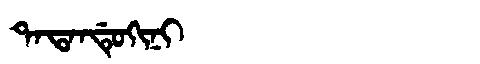
Manchu: ᡨᠠᡨᠠᠨᡩᡠᡴᡳᠨᡳ
Romanization: TATANDUKINI